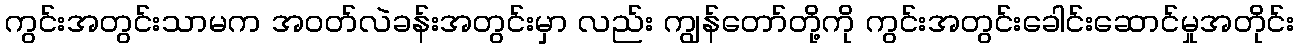
ကွင်းအတွင်းသာမက အဝတ်လဲခန်းအတွင်းမှာ လည်း ကျွန်တော်တို့ကို ကွင်းအတွင်းခေါင်းဆောင်မှုအတိုင်း